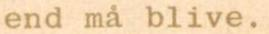
end må blive.